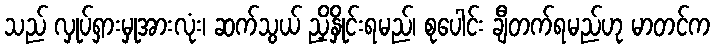
သည် လှုပ်ရှားမှုအားလုံး၊ ဆက်သွယ် ညှိနှိုင်းရမည်၊ စုပေါင်း ချီတက်ရမည်ဟု မာတင်က